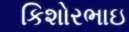
કિશોરભાઇ